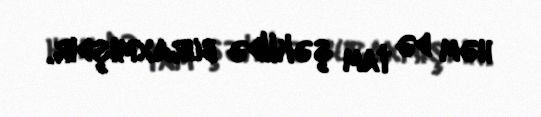
həm də tam şəkildə buraxmışdır.